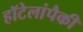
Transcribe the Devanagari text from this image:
हॉटेलांपैकी